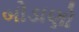
બોડાણો